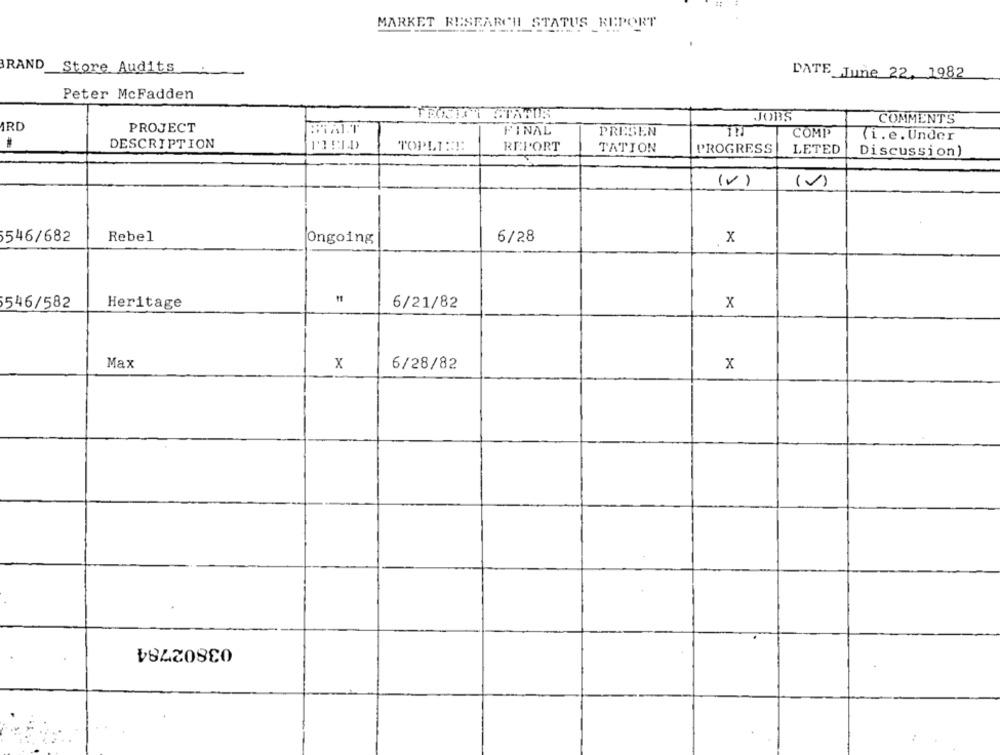
MARKET RESEARCH_STATUS REPORT
BRAND
Store Audits
DATE June 22, 1982
Peter McFadden
TEORIE STATUS
JOBS
COMMENTS
ARD
PROJECT
FINAL
PRESEN
COMP
(i.e. Under
DESCRIPTION
TOPLI:SE
REPORT
TATION
PROGRESS
LETED
Discussion)
(V )
(V)
546/682
Rebel
Ongoing
6/28
x
546/582
Heritage
6/21/82
x
Max
x
6/28/82
x
03802784